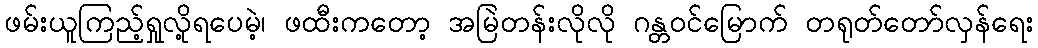
ဖမ်းယူကြည့်ရှုလို့ရပေမဲ့၊ ဖထီးကတော့ အမြဲတန်းလိုလို ဂန္တဝင်မြောက် တရုတ်တော်လှန်ရေး